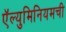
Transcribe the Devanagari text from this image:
ऍल्युमिनियमची